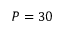
P = 3 0